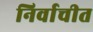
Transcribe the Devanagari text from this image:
निर्वाचीत